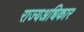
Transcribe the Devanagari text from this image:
राज्यअधिकार